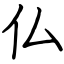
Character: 仏